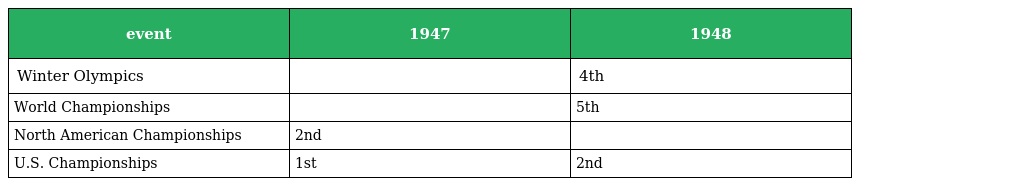
| event | 1947 | 1948 |
 | --- | --- | --- |
 | Winter Olympics |  | 4th |
 | World Championships |  | 5th |
 | North American Championships | 2nd |  |
 | U.S. Championships | 1st | 2nd |